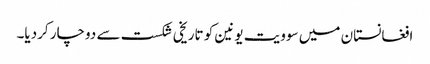
افغانستان میں سوویت یونین کو تاریخی شکست سے دوچار کردیا۔